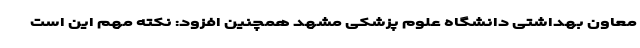
معاون بهداشتی دانشگاه علوم پزشکی مشهد همچنین افزود: نکته مهم این است